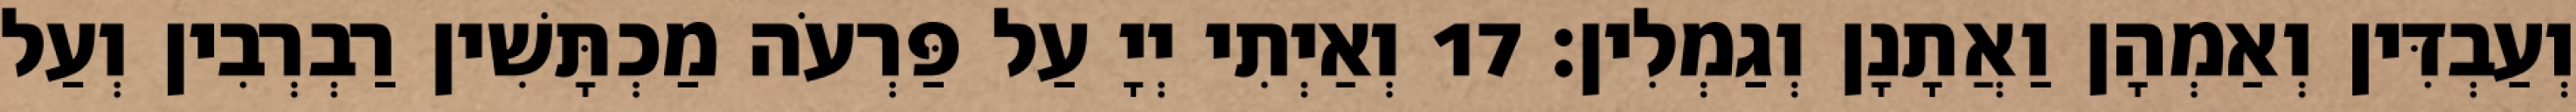
וְעַבְדִּין וְאַמְהָן וַאֲתָנָן וְגַמְלִין׃ 17 וְאַיְתִי יְיָ עַל פַּרְעֹה מַכְתָּשִׁין רַבְרְבִין וְעַל